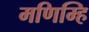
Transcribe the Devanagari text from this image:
मणिम्हि